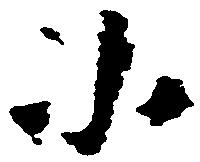
小